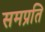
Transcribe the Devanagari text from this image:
समप्रति